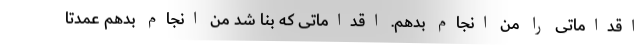
اقداماتی را من انجام بدهم. اقداماتی که بنا شد من انجام بدهم عمدتا